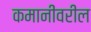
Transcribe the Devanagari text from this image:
कमानींवरील